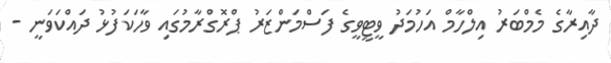
ދާއިރާގެ މެމްބަރު އިލްހާމް އަހުމަދު ވީޓީވީގެ ފަސްމަންޒަރު ޕްރޮގްރާމުގައި ވާހަކަފުޅު ދައްކަވަނީ -